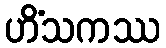
ဟိံသကဿ